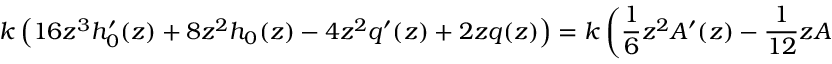
k \left( 1 6 z ^ { 3 } h _ { 0 } ^ { \prime } ( z ) + 8 z ^ { 2 } h _ { 0 } ( z ) - 4 z ^ { 2 } q ^ { \prime } ( z ) + 2 z q ( z ) \right) = k \left( \frac { 1 } { 6 } z ^ { 2 } A ^ { \prime } ( z ) - \frac { 1 } { 1 2 } z A ( z ) \right) .